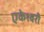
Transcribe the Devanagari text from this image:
एकेश्वरी